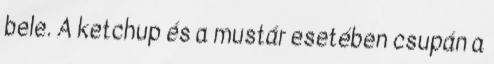
bele. A ketchup és a mustár esetében csupán a